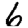
Digit: 6